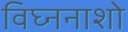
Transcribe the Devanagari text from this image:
विघ्ननाशो